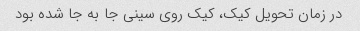
در زمان تحویل کیک، کیک روی سینی جا به جا شده بود